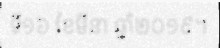
ទី១៦ ខែមីនា ឆ្នាំ២០១៩។